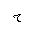
Letter: _ha